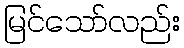
မြင်သော်လည်း